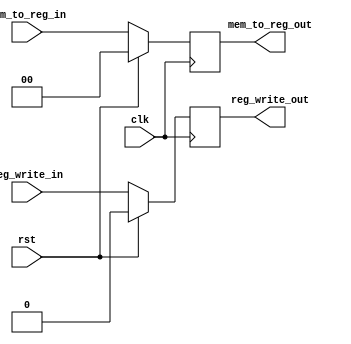
module MEMWB_ctrl(input clk, rst,input [1:0] mem_to_reg_in,input  reg_write_in, output reg [1:0] mem_to_reg_out,output reg  reg_write_out);

    always @(posedge clk) begin
        if (rst) begin
             mem_to_reg_out <= 2'b00;
	     reg_write_out <= 1'b0;
	end
        else begin
             mem_to_reg_out <= mem_to_reg_in;
	     reg_write_out <= reg_write_in;
	end
    end
endmodule
    
module MEMWB_datas(input clk, rst,input [31:0] data_from_data_memory_in,input [31:0] alu_result_in,input [4:0] mux5_out_in,input [31:0] adder1_in,output reg [31:0] data_from_memory_out,output reg [31:0] alu_result_out,output reg [4:0] mux5_out_in_out, output reg [31:0] adder1_out);
    always @(posedge clk) begin
        if (rst) begin
            data_from_memory_out <= 32'b0;
	    alu_result_out <= 32'b0;
	    mux5_out_in_out <= 5'b0;
	    adder1_out <= 32'b0;
	end
        else begin
            data_from_memory_out <= data_from_data_memory_in;
            alu_result_out <= alu_result_in;
	    mux5_out_in_out <=  mux5_out_in;
            adder1_out <=  adder1_in;
	end
    end
endmodule